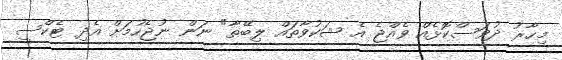
މިހާރު ދުވަސްކޮޅެއް ވެއްޖެ އެ ޝަކުވާތައް ލިބޭތާ" ނަން ނުޖެހުމަށް އެދި ޓެކްސީ